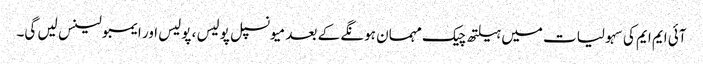
آئی ایم ایم کی سہولیات میں ہیلتھ چیک مہمان ہونگے کے بعد میونسپل پولیس ، پولیس اور ایمبولینس لیں گی۔